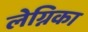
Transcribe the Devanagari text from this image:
लेग्निका